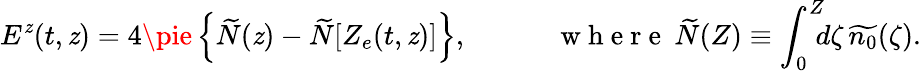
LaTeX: E^{\mathit{z}}(t,\mathit{z})=4\pie\left\{ \widetilde{{N}}(\mathit{z})-\widetilde{{N}}[Z_{e}(t,\mathit{z})]\right\} ,\quad\qquad\mathrm{{~w~h~e~r~e~}}\: \widetilde{{N}}(Z)\equiv\int_{0}^{Z}\! \! \! d\zeta\, \widetilde{{n_{0}}}(\zeta).